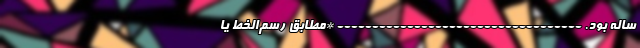
ساله بود. ----------------------------------- *‌مطابق رسم‌الخط یا